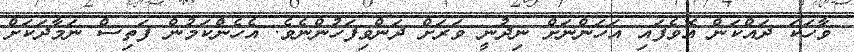
ވާހަކަ ދައްކަން އޮވެފައި އަހަންނަށް ނިދުނީ ވަރަށް ދަންވިފަހުންނެވެ. އެހެންކަމުން ފަތިސް ނަމާދަކަށް